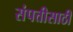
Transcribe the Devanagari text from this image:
संपत्तीसाठी